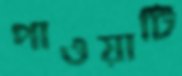
পাওয়াটি